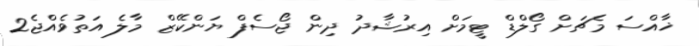
ޚާއްސަ މެޗަށް ގޯލްޑް ޓީމަށް އިރުޝާދު ދިން ޖޯސެފް ޔަންކޭޒް މާލެ އަތުވެއްޖެ2